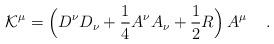
LaTeX: \begin{align*}{\cal K}^\mu = \Big( D^{\nu} D_{\nu} + \frac{1}{4} A^\nu A_\nu + \frac{1}{2} R\Big)\, A^\mu \quad \, .\end{align*}